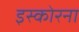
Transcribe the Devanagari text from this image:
इस्कोरना